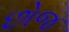
છોજ